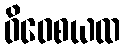
ဝိဝေစယထ